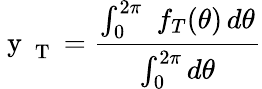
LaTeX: \mathrm{~y~}_{\mathrm{~T~}}=\frac{\int_{0}^{2\pi}\, \, f_{T}(\theta)\, d\theta}{\int_{0}^{2\pi}d\theta}